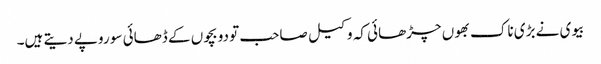
بیوی نے بڑی ناک بھوں چڑھائی کہ وکیل صاحب تو دو بچوں کے ڈھائی سو روپے دیتے ہیں۔